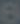
.